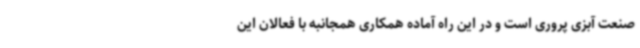
صنعت آبزی پروری است و در این راه آماده همکاری همجانبه با فعالان این